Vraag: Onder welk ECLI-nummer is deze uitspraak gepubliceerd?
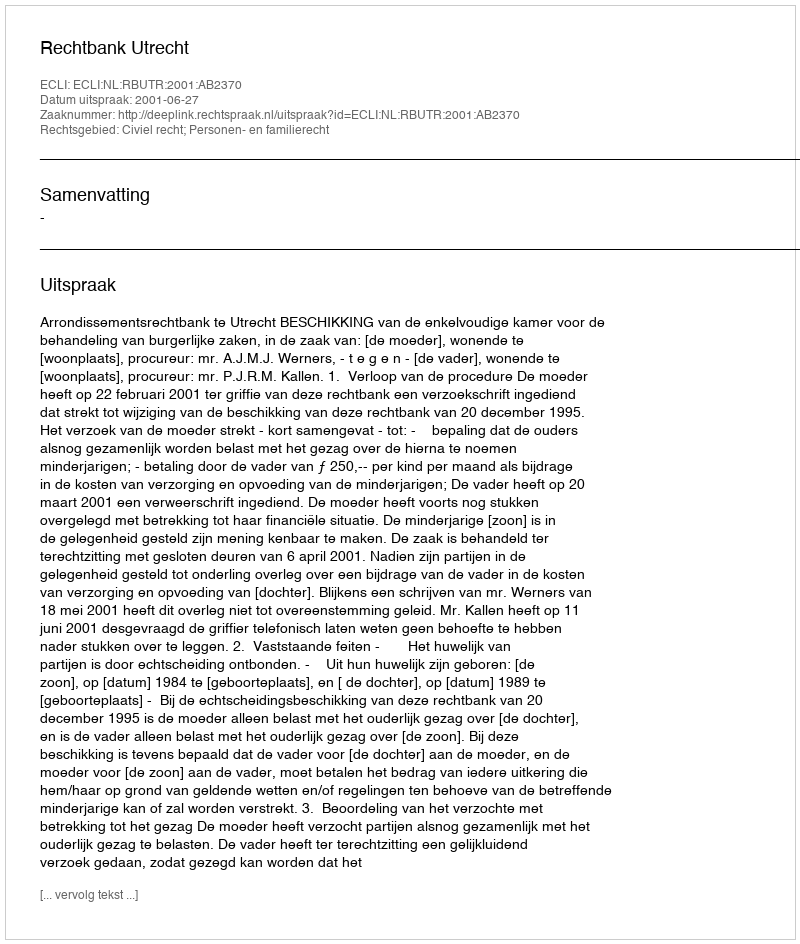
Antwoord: ECLI:NL:RBUTR:2001:AB2370